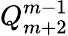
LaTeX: Q_{m+2}^{m-1}